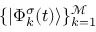
\{ | \Phi _ { k } ^ { \sigma } ( t ) \rangle \} _ { k = 1 } ^ { \mathcal { M } }